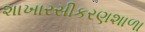
શાખારસીકરણશાળા